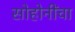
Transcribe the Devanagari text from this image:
सोहोनींंचा